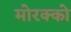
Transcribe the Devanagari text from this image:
मोरक्को